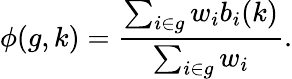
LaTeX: \phi(g,k)=\frac{\sum_{i\in g}w_{i}b_{i}(k)}{\sum_{i\in g}w_{i}}.